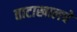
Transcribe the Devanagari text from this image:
ताटाखालचे